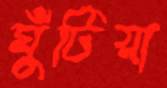
ঘুঁটিয়া